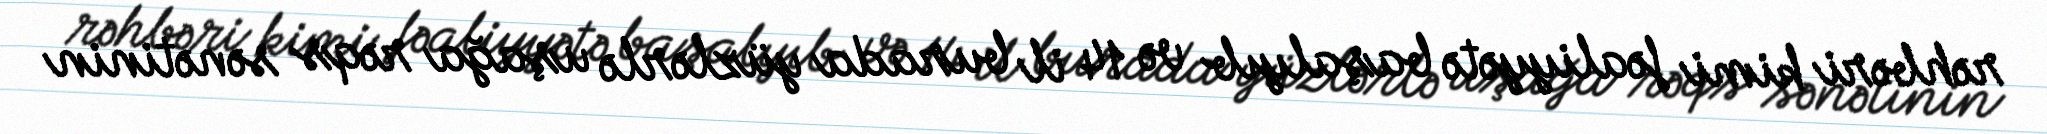
rəhbəri kimi fəaliyyətə başalyıb və 14 il burada yüzlərlə uşağa rəqs sənətinin